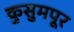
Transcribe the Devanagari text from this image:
कुसुमपूर